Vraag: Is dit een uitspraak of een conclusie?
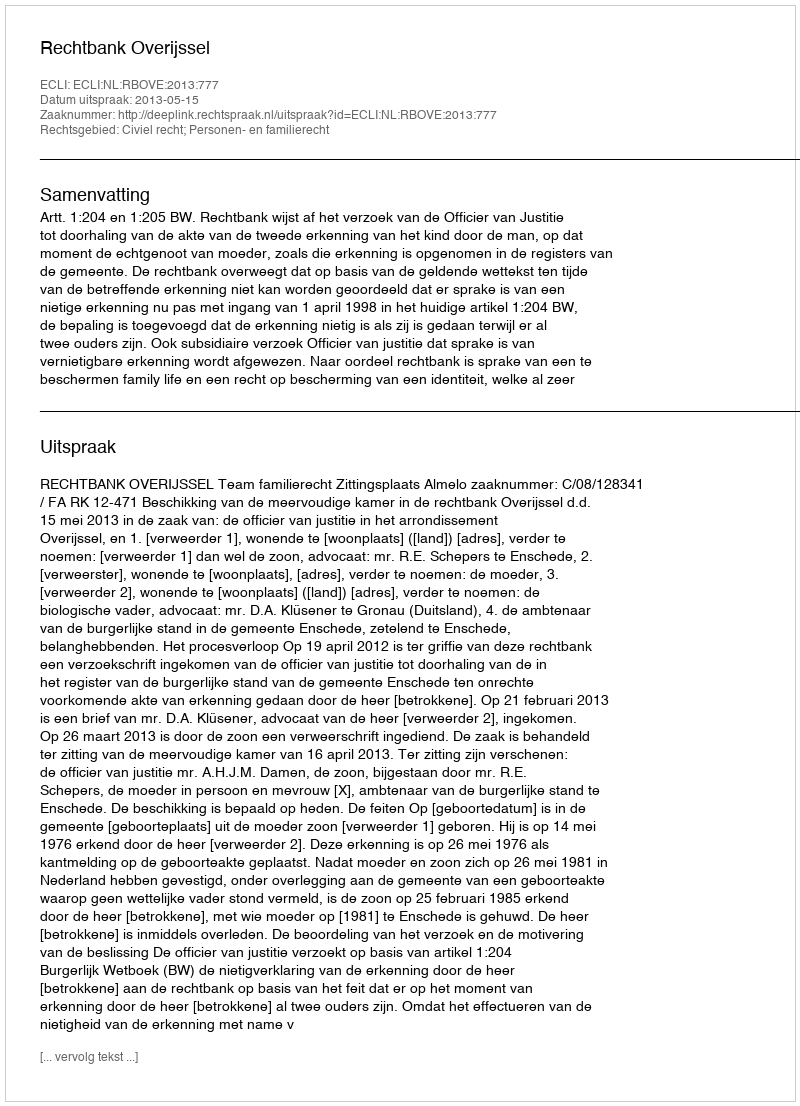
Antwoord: Uitspraak